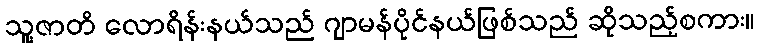
သူ့ဇာတိ လောရိန်းနယ်သည် ဂျာမန်ပိုင်နယ်ဖြစ်သည် ဆိုသည့်စကား။